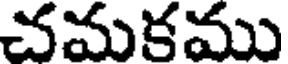
చమకము